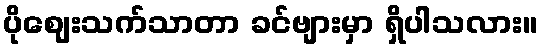
ပိုဈေးသက်သာတာ ခင်ဗျားမှာ ရှိပါသလား။